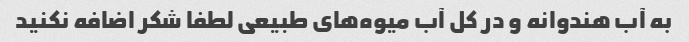
به آب هندوانه و در کل آب میوه‌های طبیعی لطفا شکر اضافه نکنید